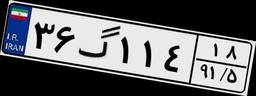
۵۰گ۳۷۹۵۷